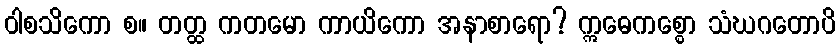
ဝါစသိကော စ။ တတ္ထ ကတမော ကာယိကော အနာစာရော? ဣဓေကစ္စော သံဃဂတောပိ